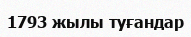
1793 жылы туғандар